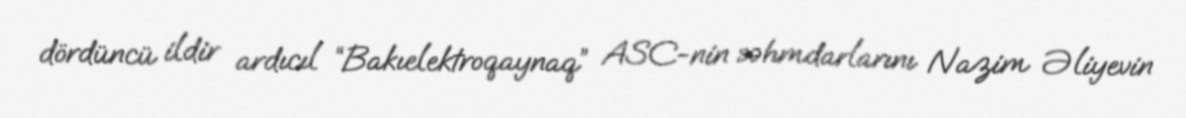
dördüncü ildir ardıcıl “Bakıelektroqaynaq” ASC-nin səhmdarlarını Nazim Əliyevin